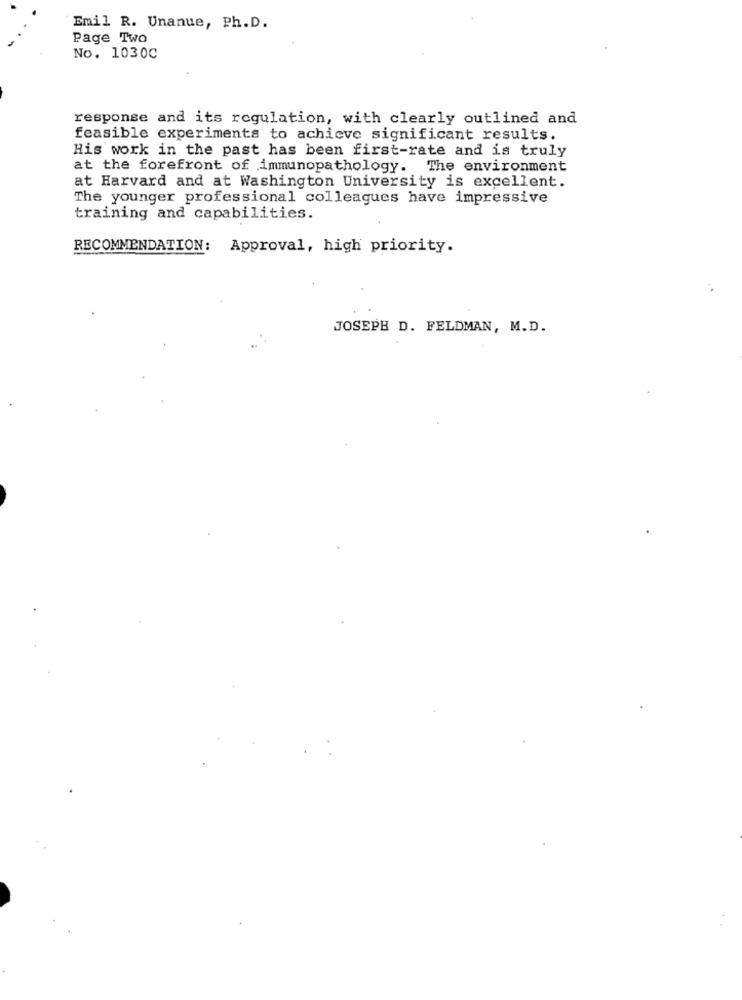
Emil R. Unanue, Ph.D.
Page Two
No. 1030C
response and its regulation, with clearly outlined and
feasible experiments to achieve significant results.
His work in the past has been first-rate and is truly
at the forefront of immunopathology. The environment
at Harvard and at Washington University is excellent.
The younger professional colleagues have impressive
training and capabilities.
RECOMMENDATION:
Approval, high priority.
JOSEPH D. FELDMAN, M.D.